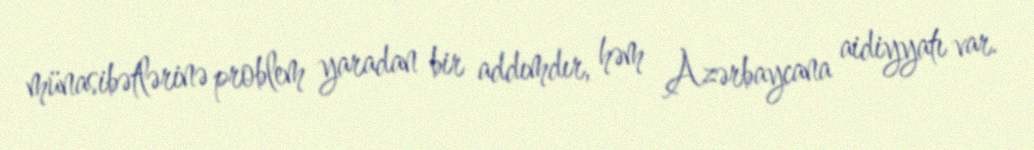
münasibətlərinə problem yaradan bir addımdır, həm Azərbaycana aidiyyatı var.